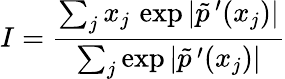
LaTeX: I=\frac{\sum_{j}x_{j}\, \exp|\tilde{p}\, ^{\prime}(x_{j})|}{\sum_{j}\exp|\tilde{p}\, ^{\prime}(x_{j})|}